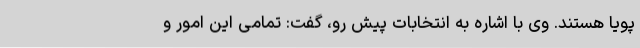
پویا هستند. وی با اشاره به انتخابات پیش رو، گفت: تمامی این امور و